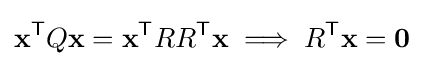
\mathbf {x} ^{\textsf {T}}Q\mathbf {x} =\mathbf {x} ^{\textsf {T}}RR^{\textsf {T}}\mathbf {x} \implies R^{\textsf {T}}\mathbf {x} =\mathbf {0}